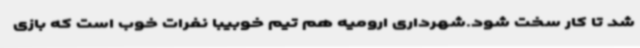
شد تا کار سخت شود.شهرداری ارومیه هم تیم خوبیبا نفرات خوب است که بازی